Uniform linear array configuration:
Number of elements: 24
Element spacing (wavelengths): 0.5
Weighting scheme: exponential
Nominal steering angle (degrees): -15
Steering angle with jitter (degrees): -15.524
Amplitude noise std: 0.05
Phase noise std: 0.05

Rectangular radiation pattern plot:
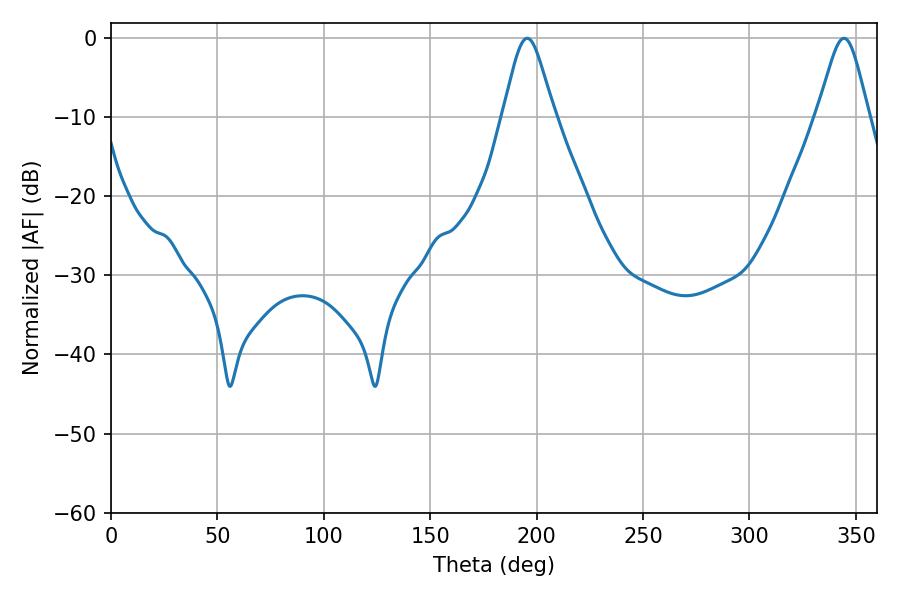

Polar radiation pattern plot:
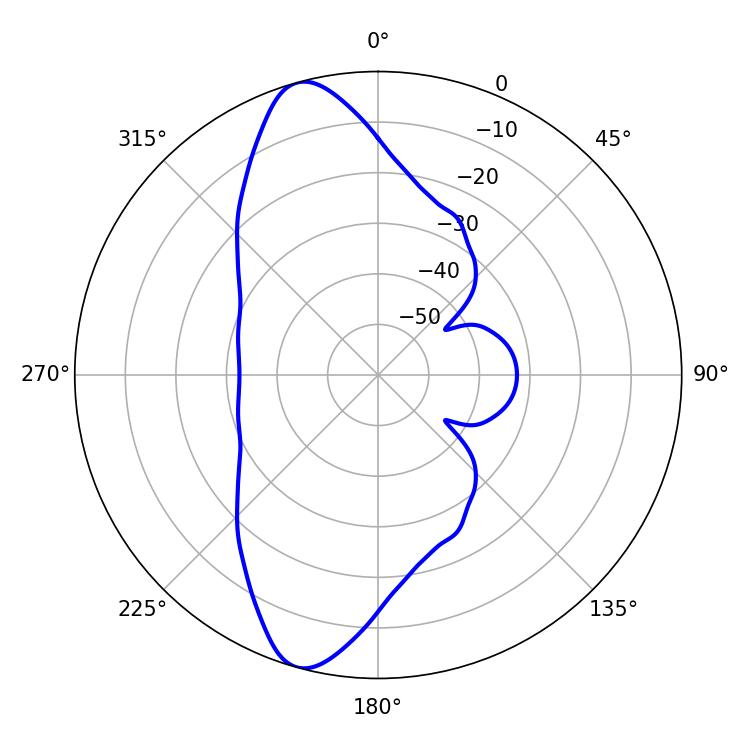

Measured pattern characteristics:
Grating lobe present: FALSE
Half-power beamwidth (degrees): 11.7
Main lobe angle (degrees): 195.66